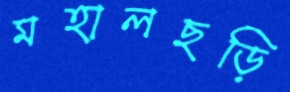
মহালছড়ি